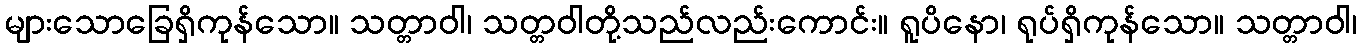
များသောခြေရှိကုန်သော။ သတ္တာဝါ၊ သတ္တဝါတို့သည်လည်းကောင်း။ ရူပိနော၊ ရုပ်ရှိကုန်သော။ သတ္တာဝါ၊